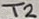
Text: T2